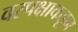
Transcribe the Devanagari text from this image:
वरपक्षाकडून